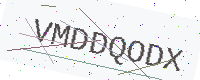
Text: VMDDQODX